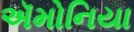
ઍમોનિયા